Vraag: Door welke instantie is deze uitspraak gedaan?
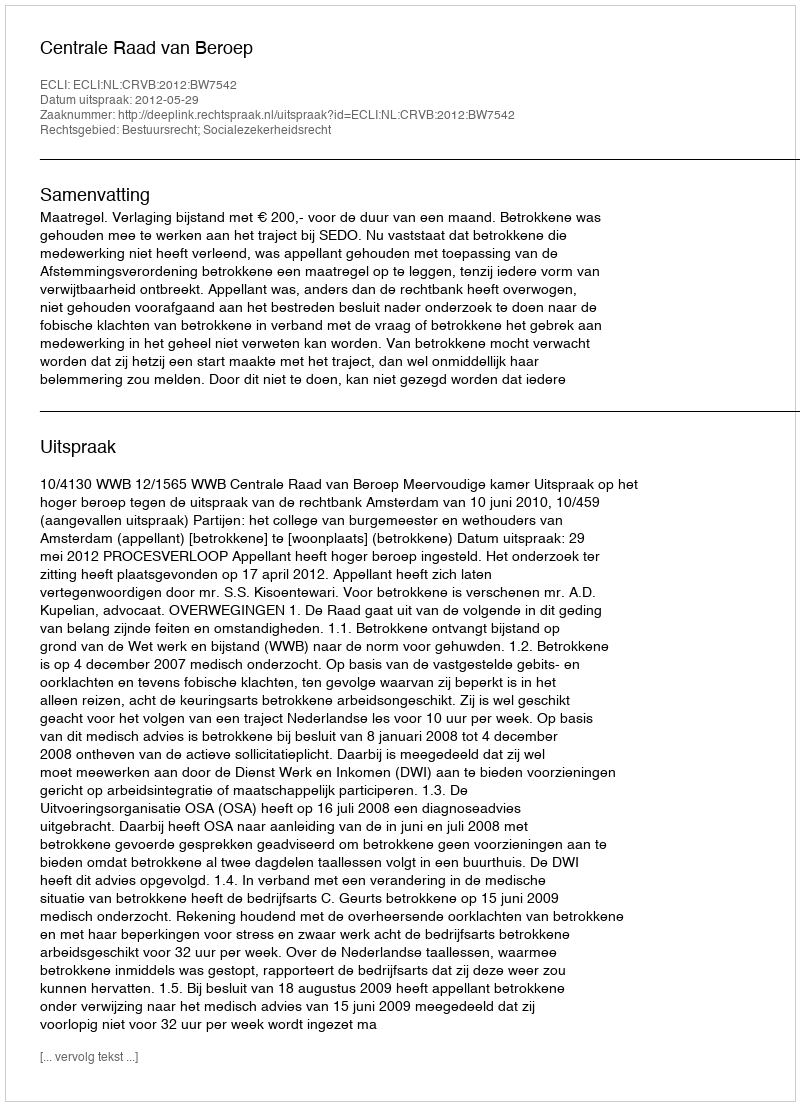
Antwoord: Centrale Raad van Beroep